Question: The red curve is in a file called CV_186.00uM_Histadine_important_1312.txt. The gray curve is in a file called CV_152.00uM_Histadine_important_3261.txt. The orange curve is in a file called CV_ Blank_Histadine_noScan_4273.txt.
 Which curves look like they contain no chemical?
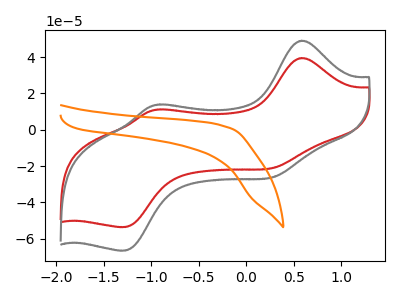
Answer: <think>The red curve "Histadine, 186.00uM" has anodic peaks at (0.60V, 39.55uA) (-0.90V, 11.20uA) and cathodic peaks at (0.30V, -20.60uA) (-1.30V, -53.55uA). The gray curve "Histadine, 152.00uM" has anodic peaks at (0.60V, 49.10uA) (-0.90V, 13.90uA) and cathodic peaks at (0.30V, -25.55uA) (-1.30V, -66.50uA). The orange curve "Histadine,  Blank" has no peaks.</think>
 <answer>"Histadine,  Blank" is likely to be a blank.</answer>
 <eval>Histadine,  Blank</eval>